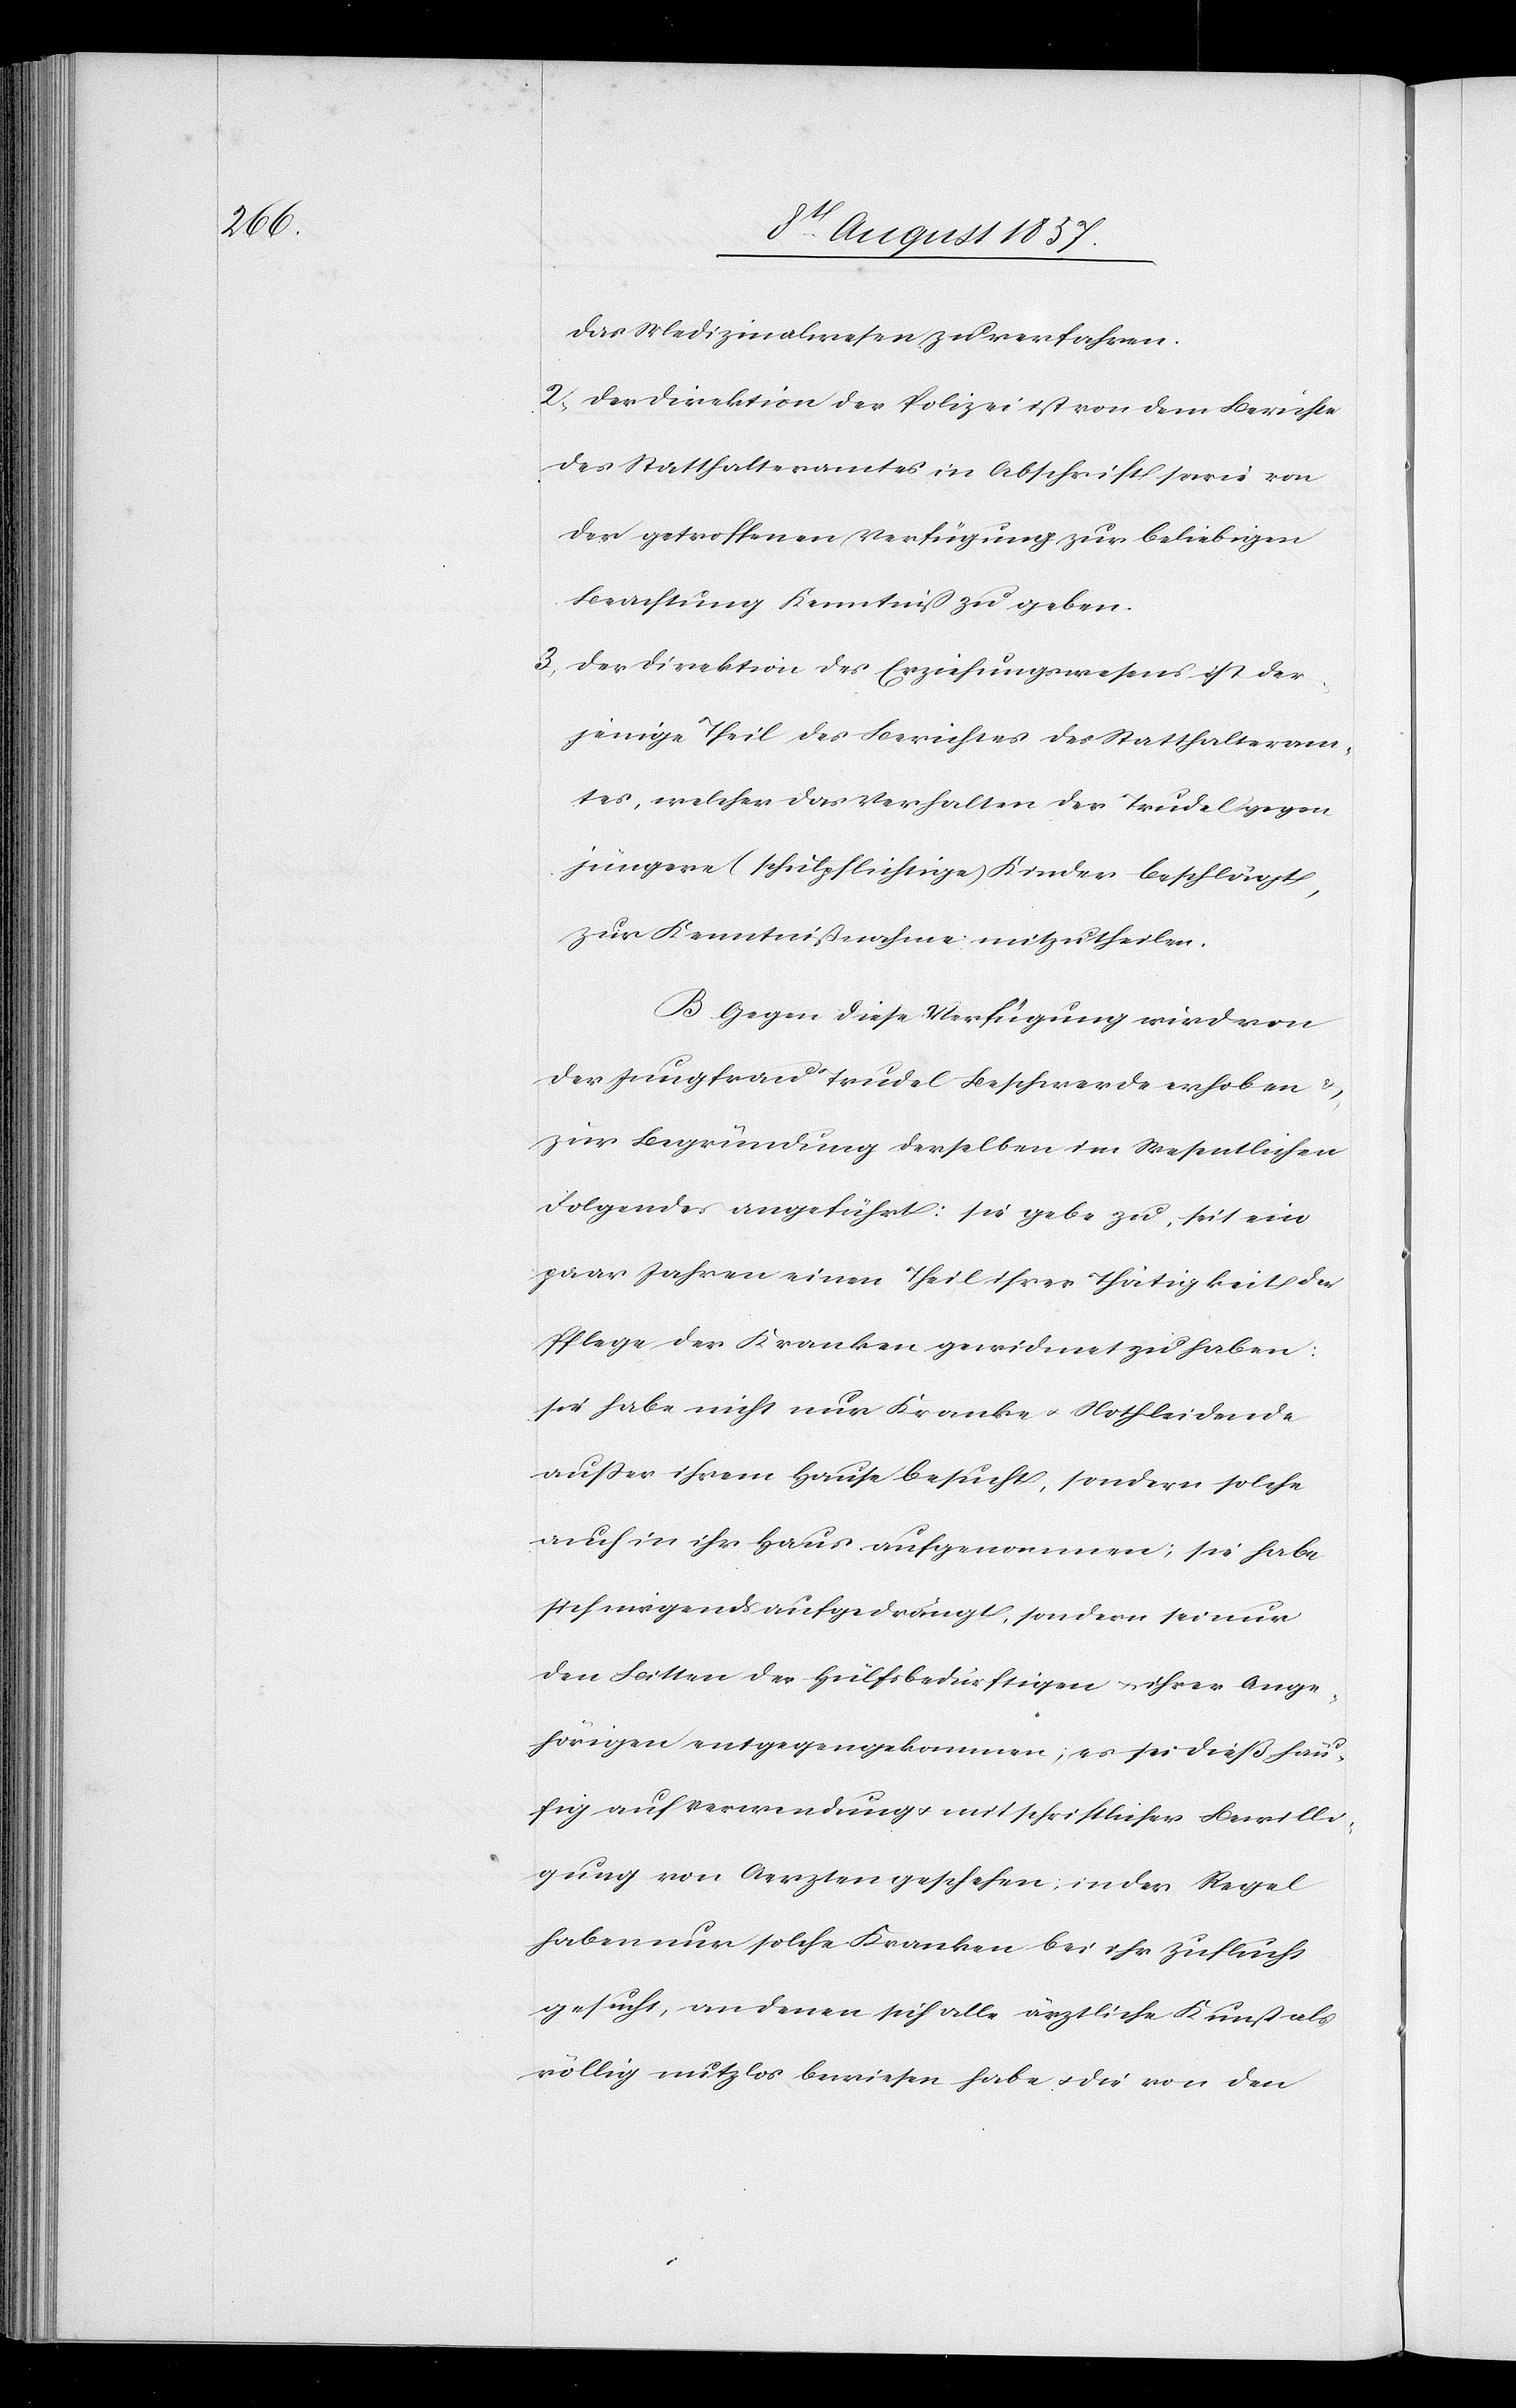
das Medizinalwesen zu verfahren.
2, Der Direktion der Polizei ist von dem Berichte
des Statthalteramtes in Abschrift sowie von
der getroffenen Verfügung zur beliebigen
Beobachtung Kenntniß zu geben.
3, Der Direktion des Erziehungswesens ist der¬
jenige Theil des Berichtes des Statthalteram¬
tes, welcher das Verhalten der Trudel gegen
jüngere (schulpflichtige) Kinder beschlägt,
zur Kenntnißnahme mitzutheilen.
B. Gegen diese Verfügung wird von
der Jungfrau Trudel Beschwerde erhoben &
zur Begründung derselben im Wesentlichen
Folgendes angeführt: sie gebe zu, seit ein
paar Jahren einen Theil ihrer Thätigkeit der
Pflege der Kranken gewidmet zu haben:
sie habe nicht nur Kranke & Nothleidende
außer ihrem Hause besucht, sondern solche
auch in ihr Haus aufgenommen; sie habe
sich nirgends aufgedrängt, sondern sei nur
den Bitten der Hülfsbedürftigen & ihrer Ange¬
hörigen entgegengekommen, es sei dieß häu¬
fig auf Verwendung mit schriftlicher Bewilli¬
gung von Aerzten geschehen, in der Regel
haben nur solche Kranken bei ihr Zuflucht
gesucht, an denen sich alle ärztliche Kunst als
völlig nutzlos bewiesen habe & die von den